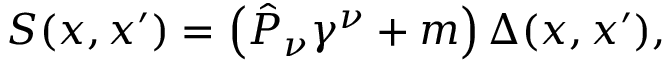
S ( x , x ^ { \prime } ) = \left( \hat { { \cal P } } _ { \nu } \gamma ^ { \nu } + m \right) \Delta ( x , x ^ { \prime } ) ,